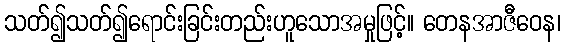
သတ်၍သတ်၍ရောင်းခြင်းတည်းဟူသောအမှုဖြင့်။ တေနအာဇီဝေန၊